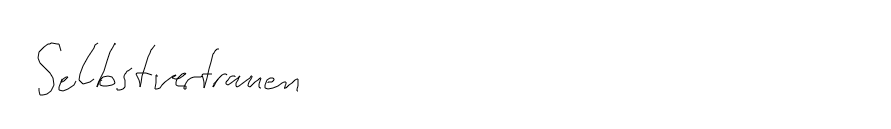
Selbstvertrauen